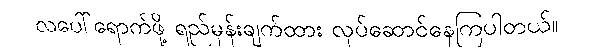
လပေါ်ရောက်ဖို့ ရည်မှန်းချက်ထား လုပ်ဆောင်နေကြပါတယ်။